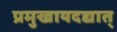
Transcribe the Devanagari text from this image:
प्रमुखायदद्यात्